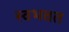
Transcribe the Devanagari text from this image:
स्वभवत